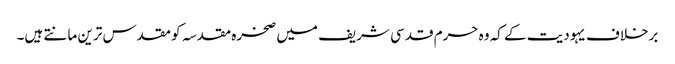
برخلاف یہودیت کے کہ وہ حرم قدسی شریف میں صخرہ مقدسہ کو مقدس ترین مانتے ہیں۔